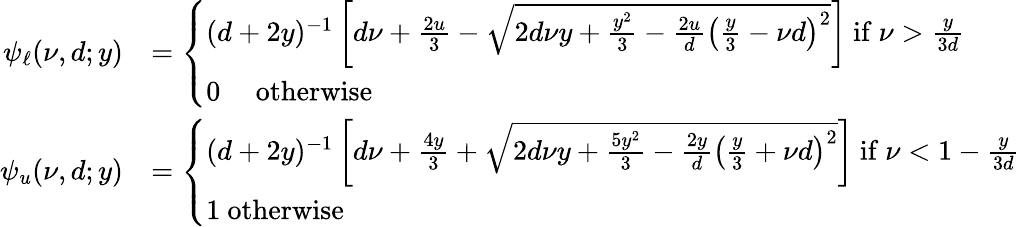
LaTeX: \begin{array}{rl}{{\psi_{\ell}}(\nu,d;y)}&{=\left\{ \begin{array}{l}{(d+2y)^{-1}\left[d\nu+\frac{2u}{3}-\sqrt{2d\nu y+\frac{y^{2}}{3}-\frac{2u}{d}\left(\frac{y}{3}-\nu d\right)^{2}}\right]\mathrm{~if~}\nu>\frac{y}{3d}}\\ {0\quad\mathrm{~otherwise~}}\end{array}\right.}\\ {{\psi_{u}}(\nu,d;y)}&{=\left\{ \begin{array}{l}{(d+2y)^{-1}\left[d\nu+\frac{4y}{3}+\sqrt{2d\nu y+\frac{5y^{2}}{3}-\frac{2y}{d}\left(\frac{y}{3}+\nu d\right)^{2}}\right]\mathrm{~if~}\nu<1-\frac{y}{3d}}\\ {1\mathrm{~otherwise~}}\end{array}\right.}\end{array}